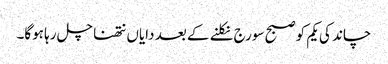
چاند کی یکم کو صبح سورج نکلنے کے بعد دایاں نتھنا چل رہا ہوگا۔